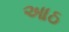
આઠ